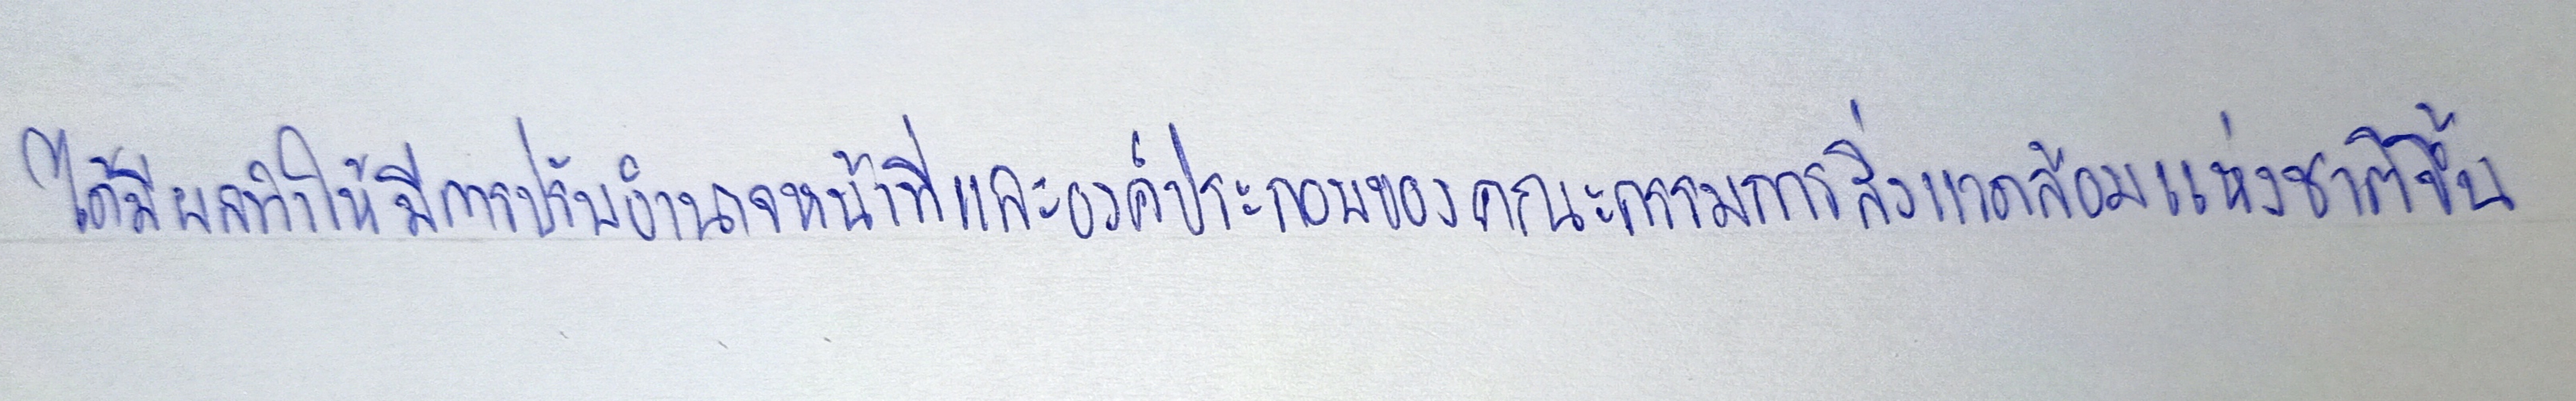
ได้มีผลทำให้มีการปรับอำนาจหน้าที่และองค์ประกอบของคณะกรรมการสิ่งแวดล้อมแห่งชาติขึ้น